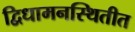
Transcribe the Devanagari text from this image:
द्विधामनस्थितीत